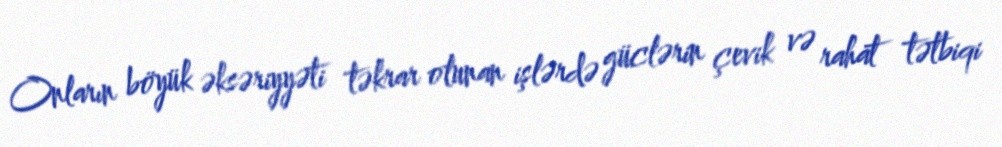
Onların böyük əksəriyyəti təkrar olunan işlərdə güclərin çevik və rahat tətbiqi